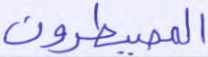
المصيطرون